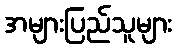
အများပြည်သူများ